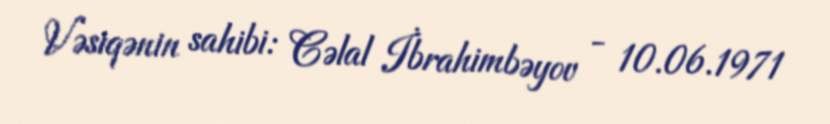
Vəsiqənin sahibi: Cəlal İbrahimbəyov - 10.06.1971